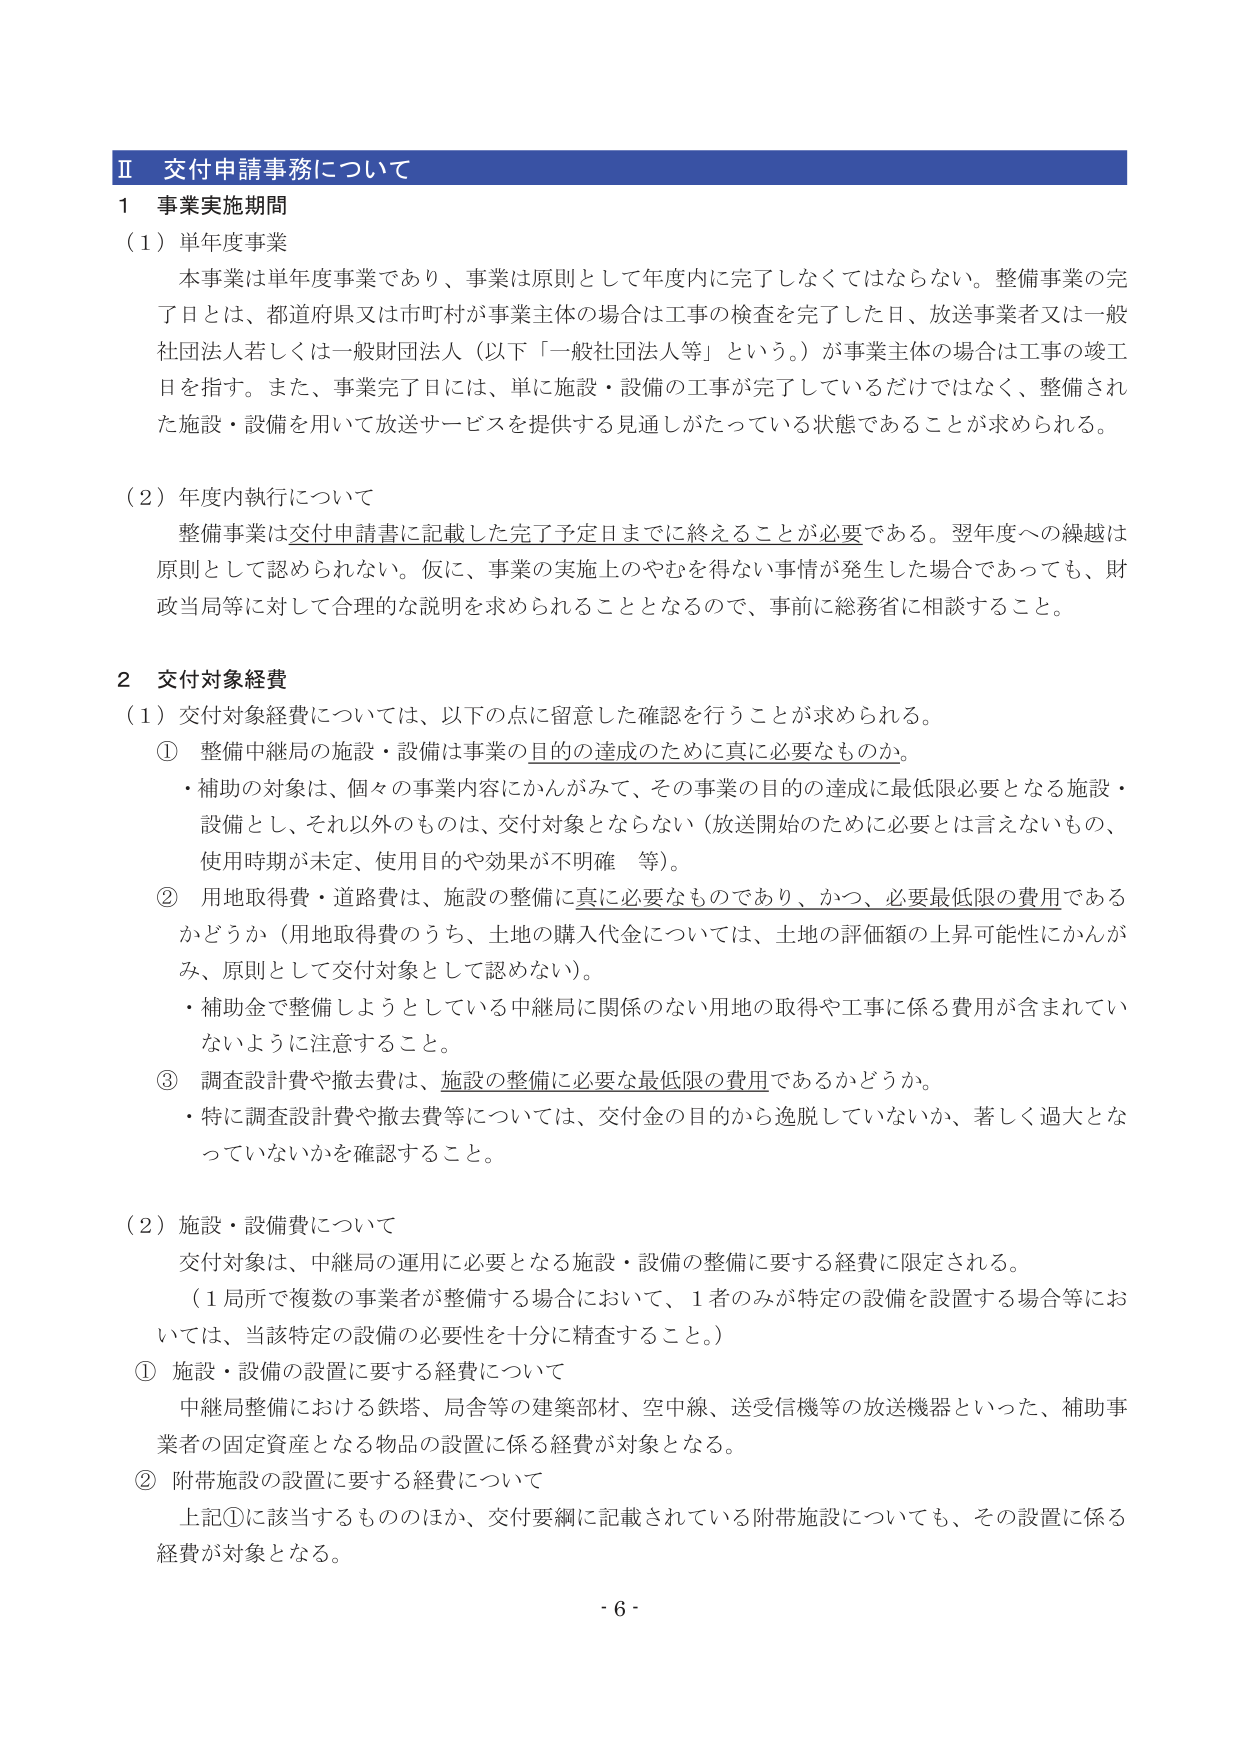
Ⅱ 交付申請事務について

1 事業実施期間

（1）単年度事業

本事業は単年度事業であり、事業は原則として年度内に完了しなくてはならない。整備事業の完了日とは、都道府県又は市町村が事業主体の場合は工事の検査を完了した日、放送事業者又は一般社団法人若しくは一般財団法人（以下「一般社団法人等」という。）が事業主体の場合は工事の竣工日を指す。また、事業完了日には、単に施設・設備の工事が完了しているだけではなく、整備された施設・設備を用いて放送サービスを提供する見通しがたっている状態であることが求められる。

（2）年度内執行について

整備事業は交付申請書に記載した完了予定日までに終えることが必要である。翌年度への繰越は原則として認められない。仮に、事業の実施上のやむを得ない事情が発生した場合であっても、財政当局等に対して合理的な説明を求められることとなるので、事前に総務省に相談すること。

2 交付対象経費

（1）交付対象経費については、以下の点に留意した確認を行うことが求められる。

① 整備中継局の施設・設備は事業の目的の達成のために真に必要なものか。

・補助の対象は、個々の事業内容にかんがみて、その事業の目的の達成に最低限必要となる施設・設備とし、それ以外のものは、交付対象とならない（放送開始のために必要とは言えないもの、使用時期が未定、使用目的や効果が不明確 等）。

② 用地取得費・道路費は、施設の整備に真に必要なものであり、かつ、必要最低限の費用であるかどうか（用地取得費のうち、土地の購入代金については、土地の評価額の上昇可能性にかんがみ、原則として交付対象として認めない）。

・補助金で整備しようとしている中継局に関係のない用地の取得や工事に係る費用が含まれていないように注意すること。

③ 調査設計費や撤去費は、施設の整備に必要な最低限の費用であるかどうか。

・特に調査設計費や撤去費等については、交付金の目的から逸脱していないか、著しく過大となっていないかを確認すること。

（2）施設・設備費について

交付対象は、中継局の運用に必要となる施設・設備の整備に要する経費に限定される。

（1局所で複数の事業者が整備する場合において、1者のみが特定の設備を設置する場合等においては、当該特定の設備の必要性を十分に精査すること。）

① 施設・設備の設置に要する経費について

中継局整備における鉄塔、局舎等の建築部材、空中線、送受信機等の放送機器といった、補助事業者の固定資産となる物品の設置に係る経費が対象となる。

② 附帯施設の設置に要する経費について

上記①に該当するもののほか、交付要綱に記載されている附帯施設についても、その設置に係る経費が対象となる。

- 6 -